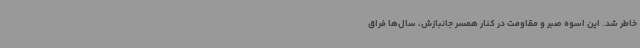
خاطر شد. این اسوه صبر و مقاومت در کنار همسر جانبازش، سال‌ها فراق